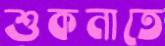
শুকনাতে